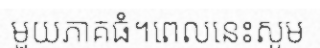
មួយភាគធំ។ពេលនេះសូម